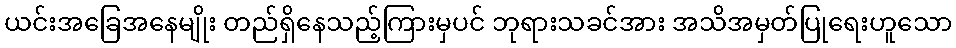
ယင်းအခြေအနေမျိုး တည်ရှိနေသည့်ကြားမှပင် ဘုရားသခင်အား အသိအမှတ်ပြုရေးဟူသော